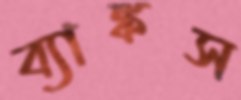
ব্যাঙ্কস